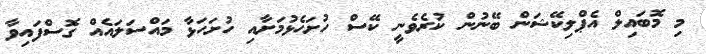
މި މޮބައިލް އެޕްލިކޭޝަން ބޭނުން ކުރެވެނީ ކޭސް ހުށަހެޅުމަށާއި ހުށަހަޅާ މައްސަލައެއް ގޮސްފައިވާ